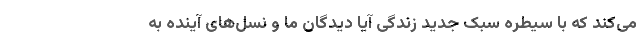
می‌کند که با سیطره سبک جدید زندگی آیا دیدگان ما و نسل‌های آینده به